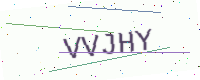
Text: VVJHY